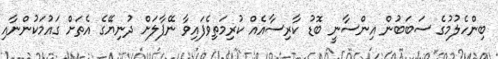
ބިންހެލުމުގެ ސަބަބުން އިންސާނީ ބޮޑު ކާރިސާއެއް ކުރިމަތިވެފައިވާ ނޭޕާލަށް ދުނިޔޭގެ އެތަށް ގައުމަކުންނާއި